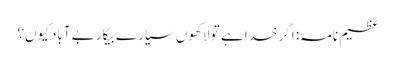
عظیم نامہ: اگر خدا ہے تو لاکھوں سیارے بیکار بے آباد کیوں؟